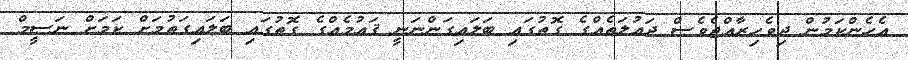
އެހެންކަމުން ދިވެހިރާއްޖެވެސް ދައުލަތެއްގެ ގޮތުގައި ބަލައިގަންނަނީ ޤައުމެއްގެ ގޮތުގައި ބަލައިގަތުމަށް ކަމަށް ނަސީމް